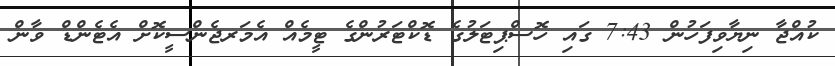
ކުއްޖާ ނިޔާވިފަހުން 7:43 ގައި ހޮސްޕިޓަލުގެ ޑޮކްޓަރުންގެ ޓީމެއް އެމަރޖެންސީކޮށް އެޓެންޑް ވާން